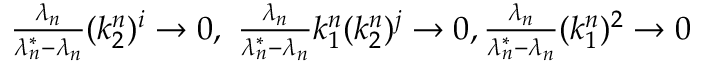
\begin{array} { r } { \frac { \lambda _ { n } } { \lambda _ { n } ^ { * } - \lambda _ { n } } ( k _ { 2 } ^ { n } ) ^ { i } \to 0 , \ \frac { \lambda _ { n } } { \lambda _ { n } ^ { * } - \lambda _ { n } } k _ { 1 } ^ { n } ( k _ { 2 } ^ { n } ) ^ { j } \to 0 , \frac { \lambda _ { n } } { \lambda _ { n } ^ { * } - \lambda _ { n } } ( k _ { 1 } ^ { n } ) ^ { 2 } \to 0 } \end{array}